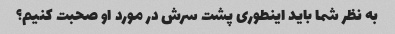
به نظر شما باید اینطوری پشت سرش در مورد او صحبت کنیم؟